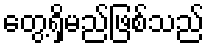
တွေ့ရှိမည်ဖြစ်သည်